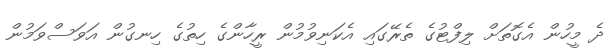
ދެ މީހުން އެގޮތަށް ލިފްޓުގެ ތެރޭގައި އެކަނިވުމުން ރީހާންގެ ހިތުގެ ހިނގުން އަވަސްވަމުން